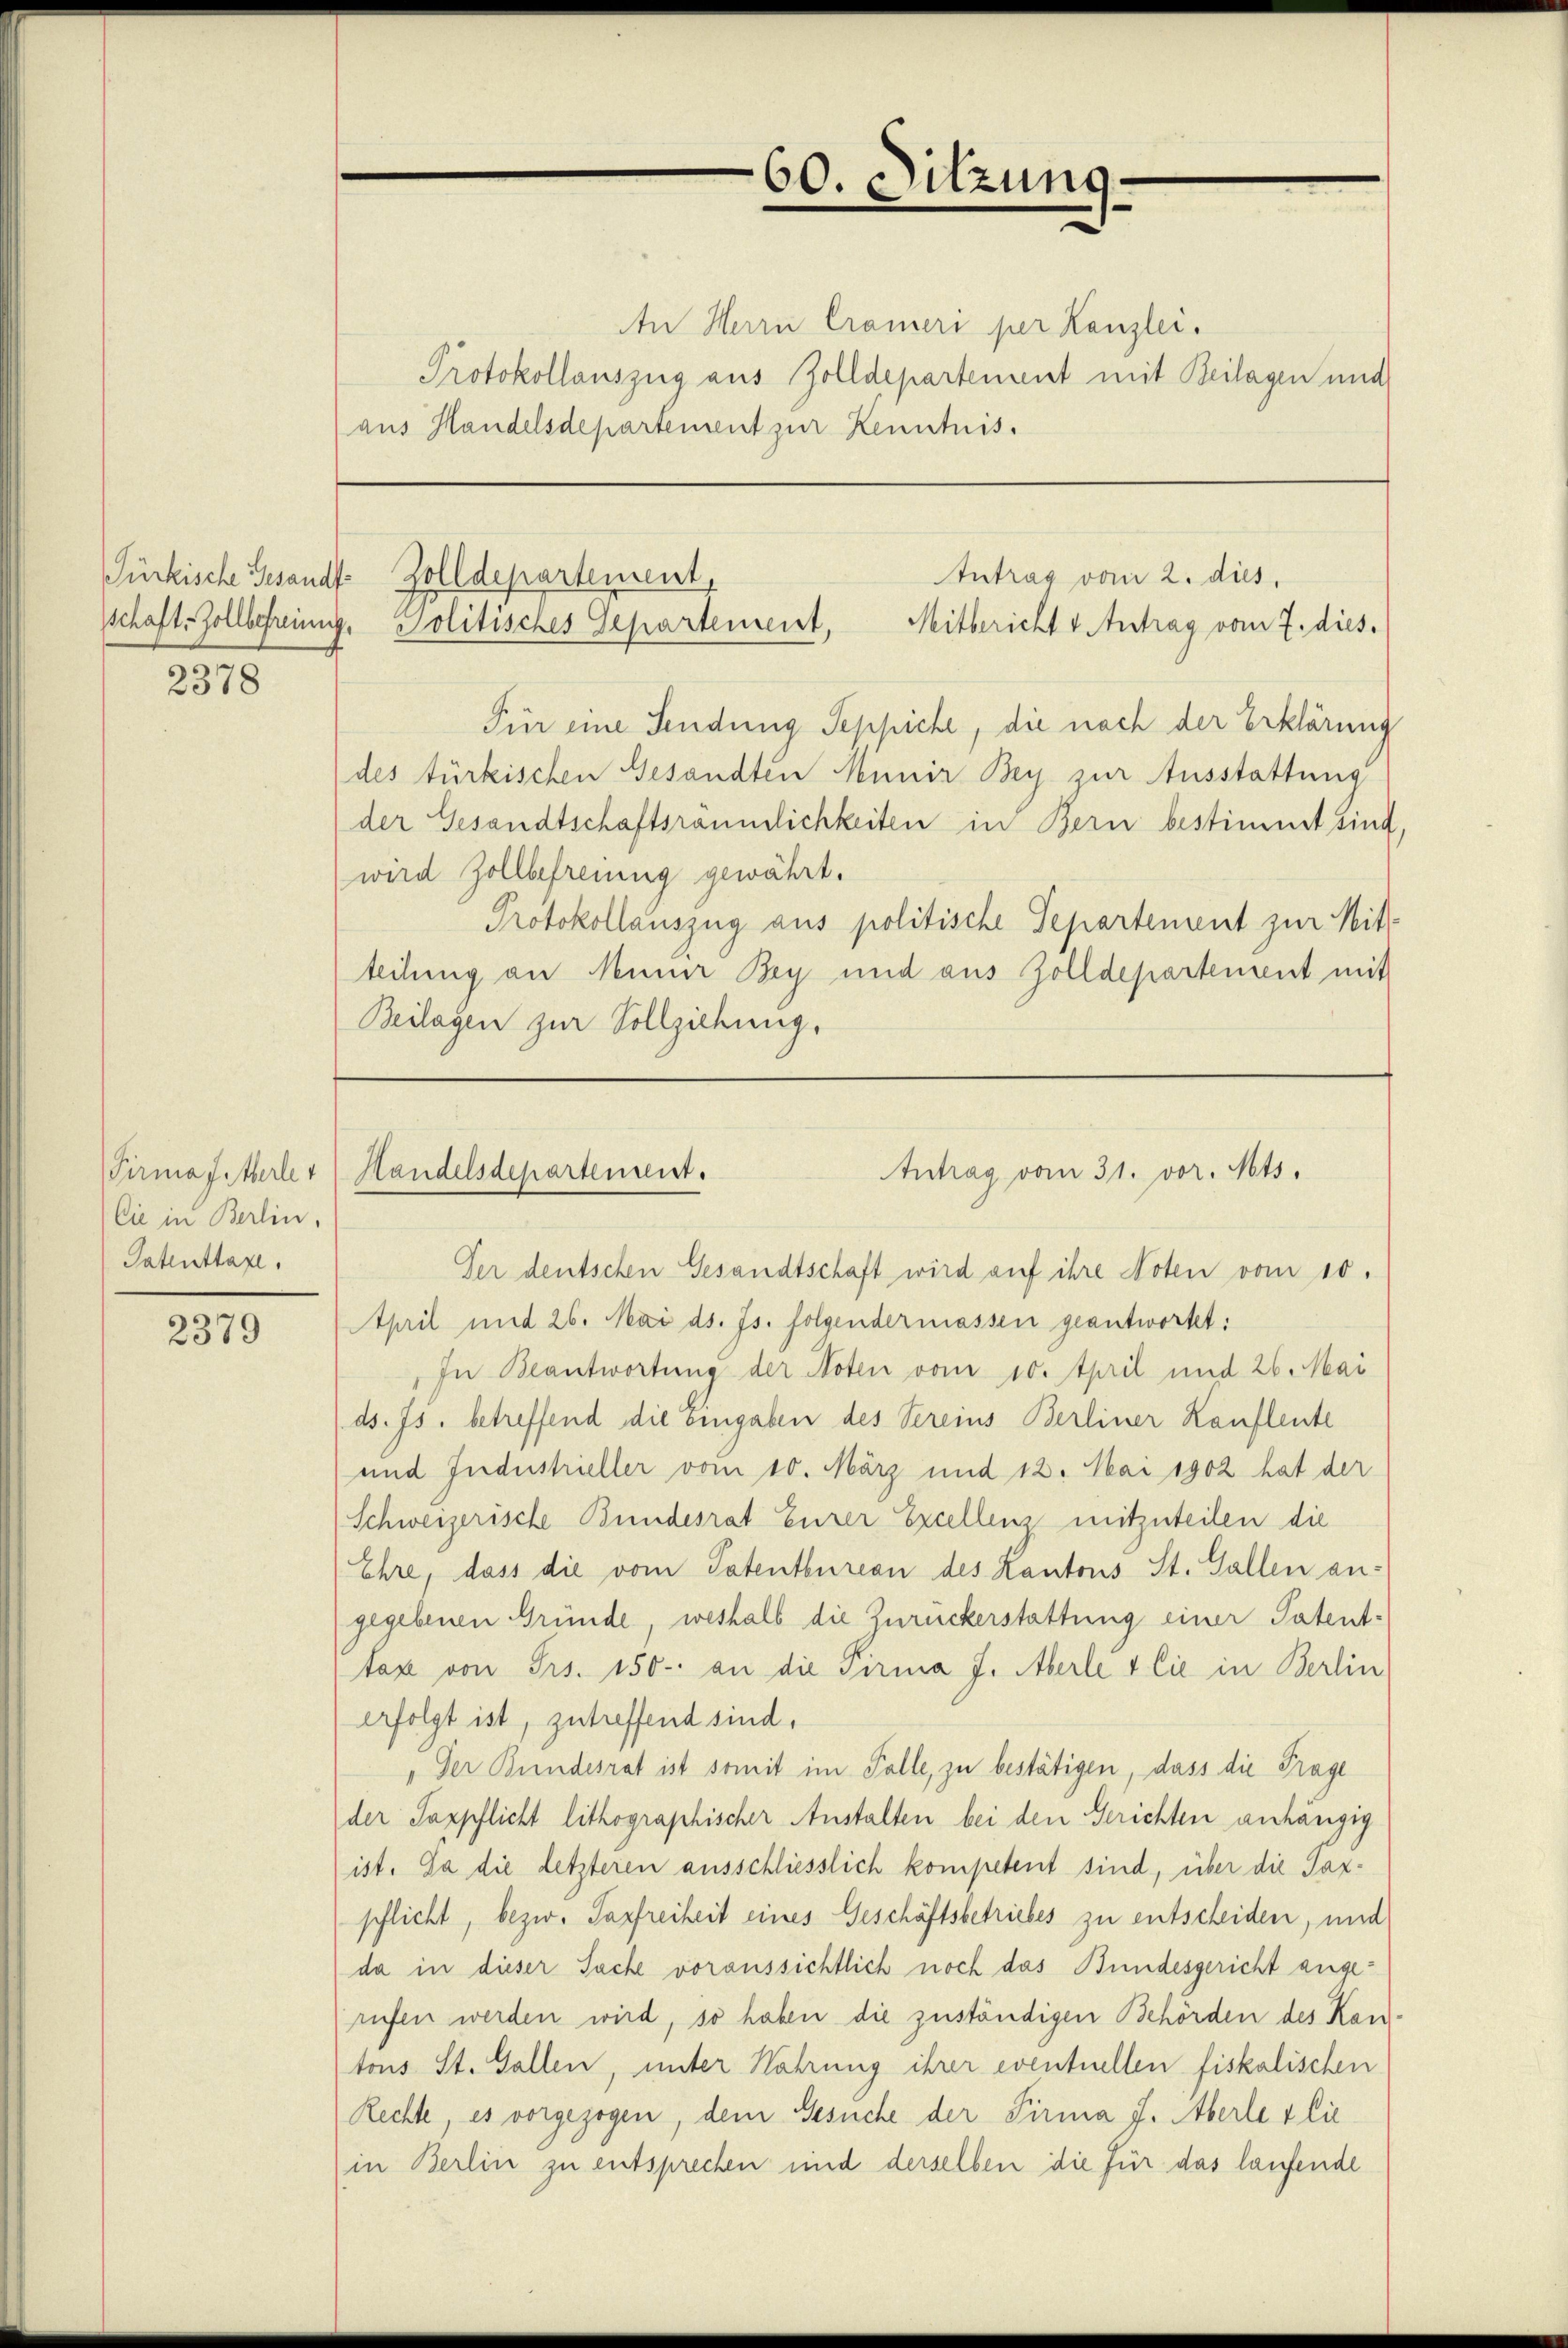
Pürkische Gesandt¬

2378

Firmaterlet
Die in Berlin,
Patenttaxe.

2379

An Herrn Crameri per Kanzlei.
Protokollauszug aus Zolldepartement mit Beilagen und
aus Handelsdepartement zur Kenntnis.

60. Sitzung.

Zolldepartement,
Intrag vom 2. dies,
schaft-Zollbefreinig. Politisches Gepartement,
Mitbericht & Antrag vom 7. dies.

Für eine Sendung Seppiche, die nach der Erklärung
des türkischen Gesandten Munir Bey zur Ausstattung
der Gesandtschaftsräumlichkeiten in Bern bestimmt sind,
wird Zollbefreung gewährt.
Protokollauszug aus politische Separtement zur Mit-
teilung an Mauer Bey und aus Zolldepartement mit
Beilagen zur Vollziehung.

Antrag vom 31. vor. Mts.
Handelsdepartement.

Ver deutschen Gesandtschaft wird auf ihre Noten vom 10.
April und 26. Mai ds. Js. folgendermassen geantwortet:
In Beantwortung der Noten vom 10. April und 26. Mai
ds. Js. betreffend die eingaben des Vereins Berliner Kaufleute
und Jndustrieller vom 10. März und 12. Mai 1902 hat der
Schweizerische Bundesrat Eurer Excellenz mitzuteilen die
Ehre, dass die vom Patentbureau des Kantons St. Gallen angegebenen Gründe, weshalb die Zuruckerstattung einer Patent-
taxe von Frs. 150. an die Firma J. Aberle & Cie in Berlin
erfolgt ist, zutreffend sind.
„Der Bundesrat ist somit im Falle, zu bestätigen, dass die Frage
der Sappflicht lithographischer Anstalten bei den Gerichten anhängig
ist. Da die letzteren ausschliesslich kompetent sind, über die Taxpflicht, bezw. Pasfreiheit eines Geschäftsbetriebes zu entscheiden, und
da in dieser Sache voraussichtlich noch das Bundesgericht angerufen werden wird, so haben die zuständigen Behörden des Kan-
tons St. Gallen, unter Nahrung ihrer eventuellen fiskalischen
Rechte es vorgezogen, dem Gesuche der Firma J. Aberle flie
(in Berlin zu entsprechen und derselben die für das laufende